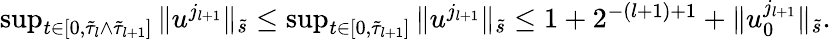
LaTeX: \begin{array}{r}{\operatorname*{sup}_{t\in[0,\tilde{\tau}_{l}\wedge\tilde{\tau}_{l+1}]}\| u^{j_{l+1}}\| _{\tilde{s}}\leq\operatorname*{sup}_{t\in[0,\tilde{\tau}_{l+1}]}\| u^{j_{l+1}}\| _{\tilde{s}}\leq 1+2^{-(l+1)+1}+\| u_{0}^{j_{l+1}}\| _{\tilde{s}}.}\end{array}